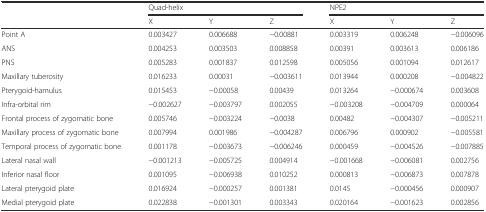
|  | <COLSPAN=3> Quad-helix | <COLSPAN=3> NPE2 |
 |  | X | Y | Z | X | Y | Z |
 | --- | --- | --- | --- | --- | --- | --- |
 | Point A | 0.003427 | 0.006688 | −0.00881 | 0.003319 | 0.006248 | −0.006096 |
 | ANS | 0.004253 | 0.003503 | 0.008858 | 0.00391 | 0.003613 | 0.006186 |
 | PNS | 0.005283 | 0.001837 | 0.012598 | 0.005056 | 0.001094 | 0.012617 |
 | Maxillary tuberosity | 0.016233 | 0.00031 | −0.003611 | 0.013944 | 0.000208 | −0.004822 |
 | Pterygoid-hamulus | 0.015453 | −0.00058 | 0.00439 | 0.013264 | −0.000674 | 0.003608 |
 | Infra-orbital rim | −0.002627 | −0.003797 | 0.002055 | −0.003208 | −0.004709 | 0.000064 |
 | Frontal process of zygomatic bone | 0.005746 | −0.003224 | −0.0038 | 0.00482 | −0.004307 | −0.005211 |
 | Maxillary process of zygomatic bone | 0.007994 | 0.001986 | −0.004287 | 0.006796 | 0.000902 | −0.005581 |
 | Temporal process of zygomatic bone | 0.001178 | −0.003673 | −0.006246 | 0.000459 | −0.004526 | −0.007885 |
 | Lateral nasal wall | −0.001213 | −0.005725 | 0.004914 | −0.001668 | −0.006081 | 0.002756 |
 | Inferior nasal floor | 0.001095 | −0.006938 | 0.010252 | 0.000813 | −0.006873 | 0.007878 |
 | Lateral pterygoid plate | 0.016924 | −0.000257 | 0.001381 | 0.0145 | −0.000456 | 0.000907 |
 | Medial pterygoid plate | 0.022838 | −0.001301 | 0.003343 | 0.020164 | −0.001623 | 0.002856 |